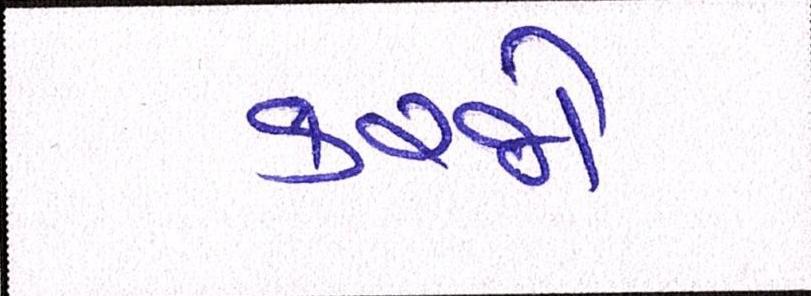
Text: કરજો